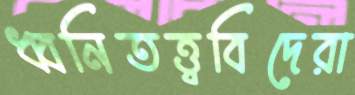
ধ্বনিতত্ত্ববিদেরা